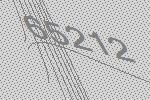
65212